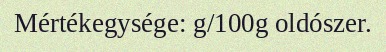
Mértékegysége: g/100g oldószer.